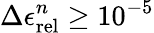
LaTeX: \Delta\epsilon_{\mathrm{rel}}^{n}\ge 10^{-5}